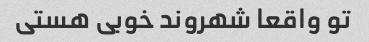
تو واقعا شهروند خوبی هستی